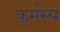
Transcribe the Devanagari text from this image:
कूर्मस्य